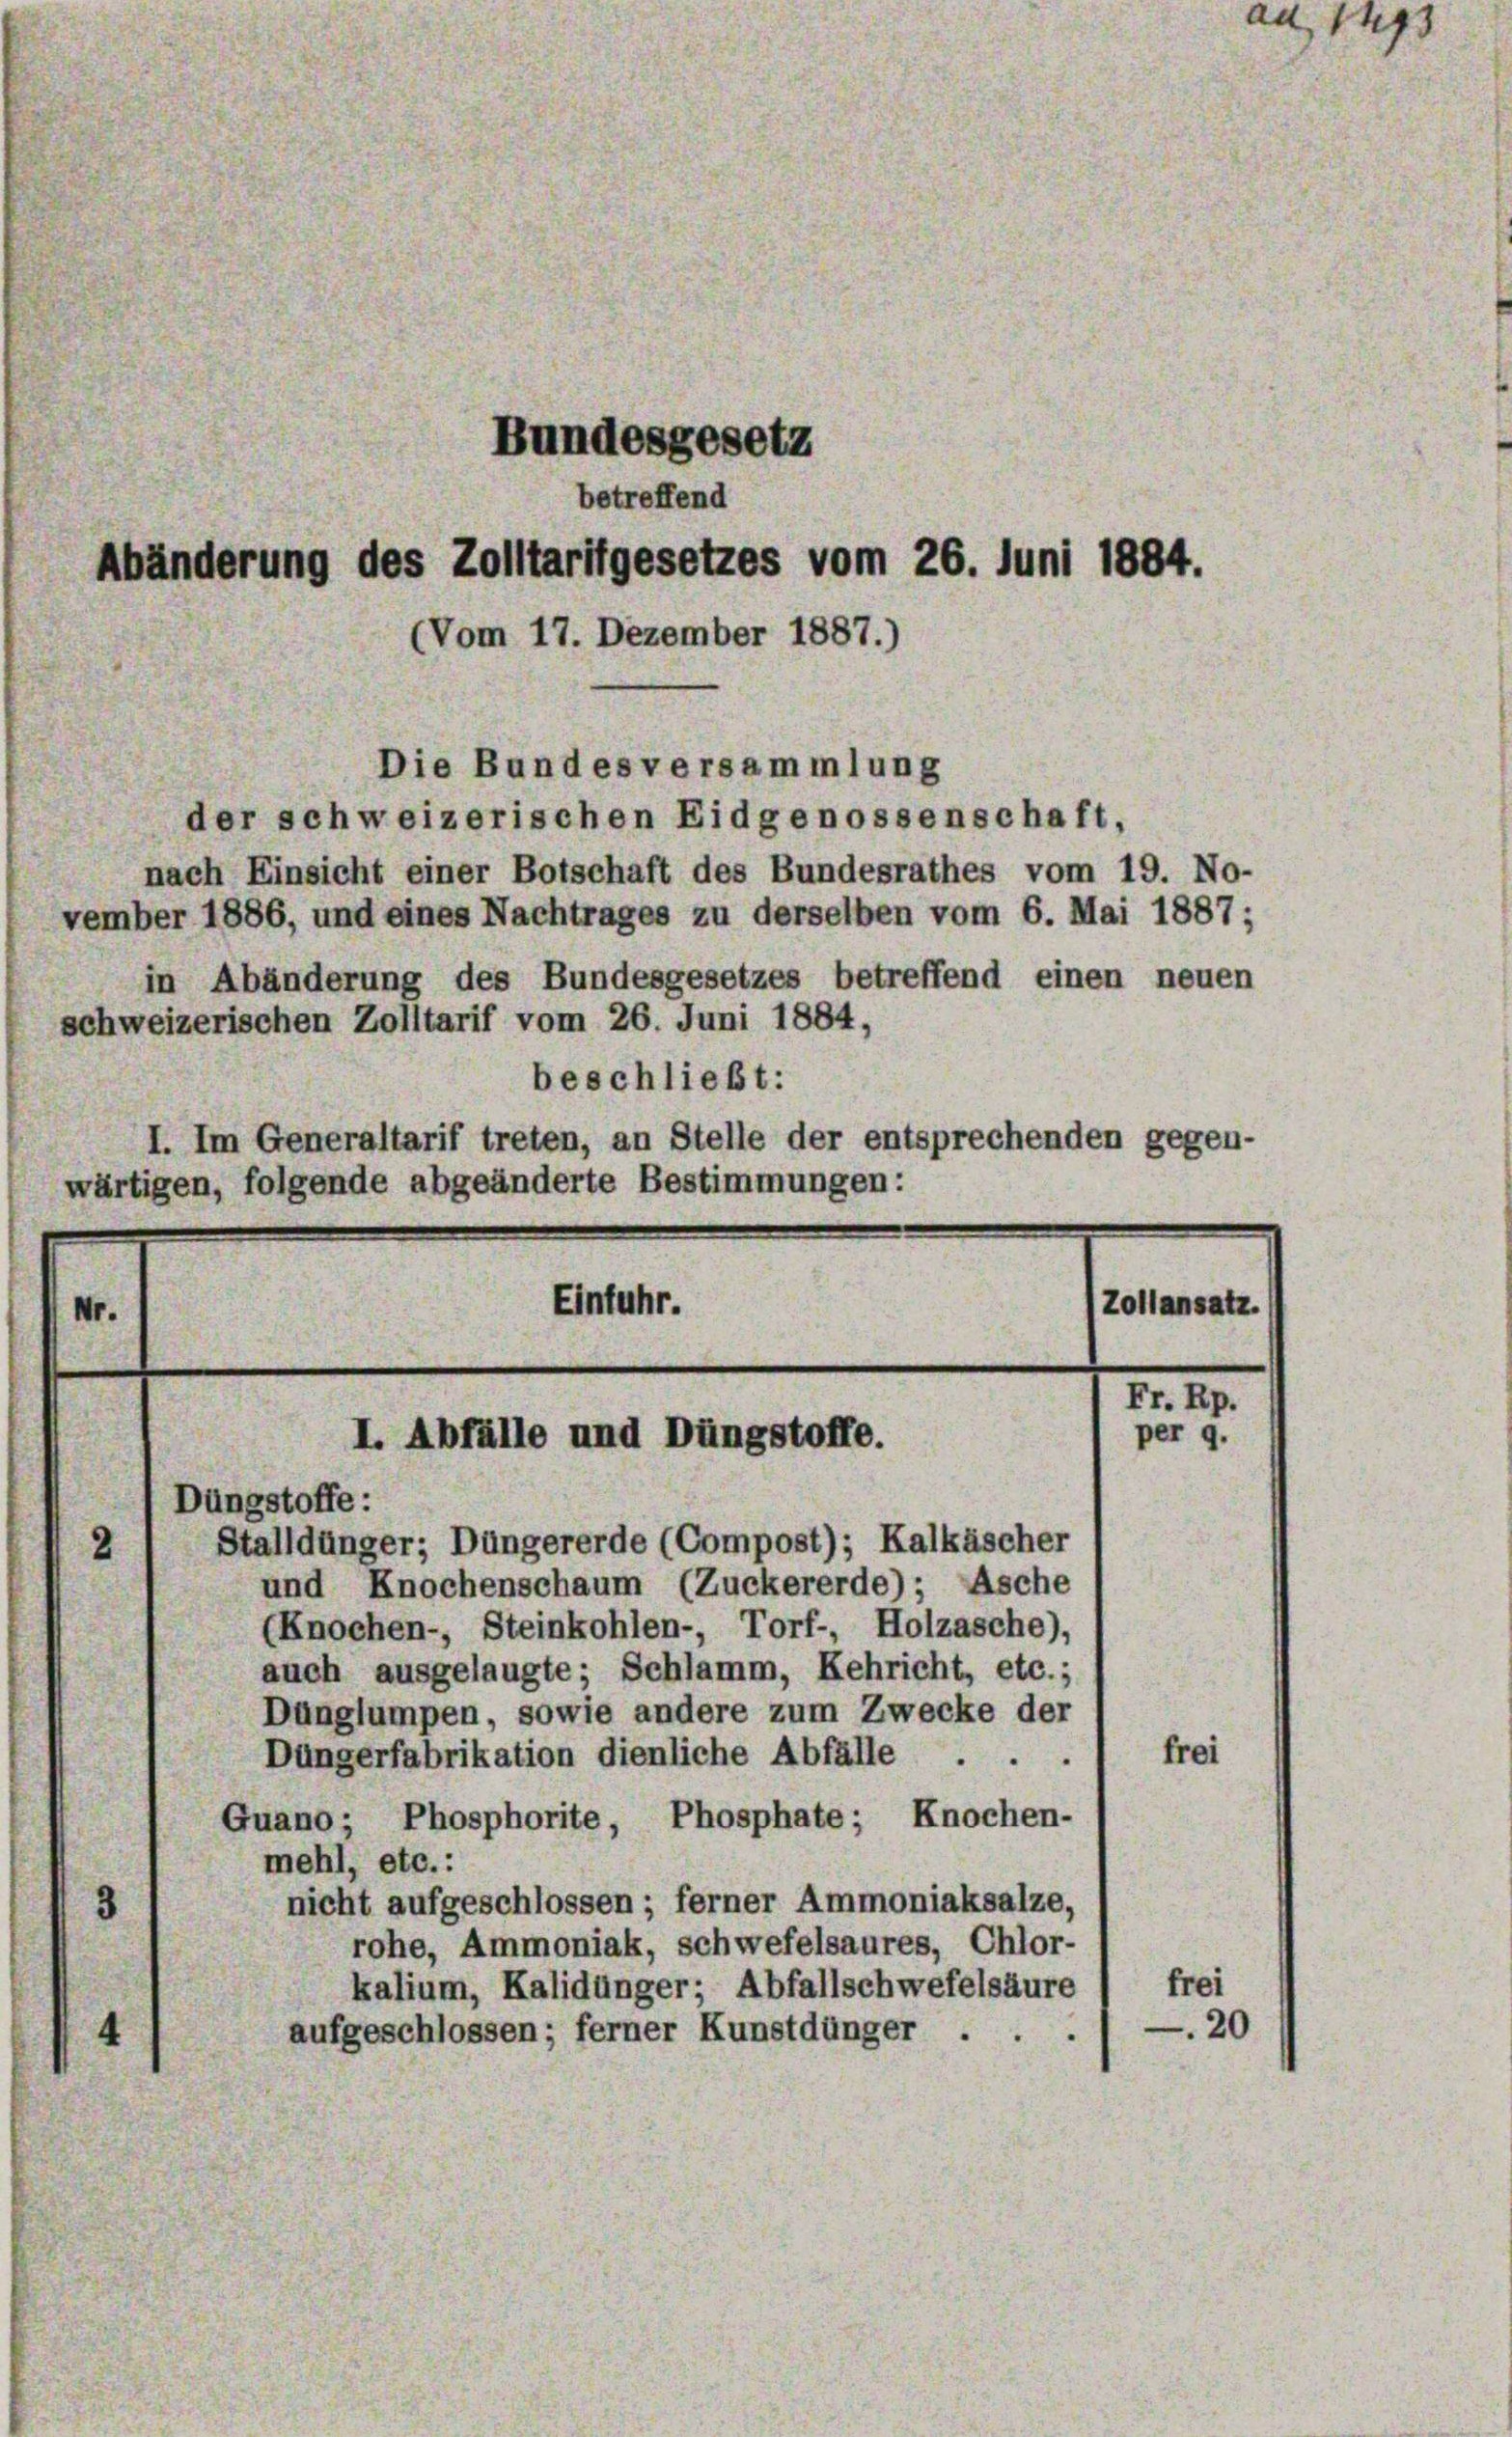
Die Bundesversammlung
der schweizerischen Eidgenossenschaft,
nach Einsicht einer Botschaft des Bundesrathes vom 19. No-
vember 1886, und eines Nachtrages zu derselben vom 6. Mai 1887;
in Abänderung des Bundesgesetzes betreffend einen neuen
schweizerischen Zolltarif vom 26. Juni 1884,
beschließt:
I. Im Generaltarif treten, an Stelle der entsprechenden gegen-
wärtigen, folgende abgeänderte Bestimmungen:
Einfuhr.
Zollansatz.
Nr.

Bundesgesetz
betreffend
Abänderung des Zolltarifgesetzes vom 26. Juni 1884.
(Vom 17. Dezember 1887.)

I. Abfälle und Düngstoffe.

Dungstoffe :
Stalldünger; Düngererde (Compost); Kalkäscher
und Knochenschaum (Zuckererde); Asche
(Knochen-, Steinkohlen-, Torf-, Holzasche),
auch ausgelangte; Schlamm, Kehricht, etc.;
Dunglumpen, sowie andere zum Zwecke der
Düngerfabrikation dienliche Abfälle
Quano; Phosphorite, Phosphate; Knochen-
mehl, etc.:
nicht aufgeschlossen ; ferner Ammoniaksalze,
rohe, Ammoniak, schwefelsaures, Chlor-
kalium, Kalidünger; Abfallschwefelsäure
aufgeschlossen; ferner Kunstdünger . .

frei
20

M. I.

per 9.

frei

ad, 1493